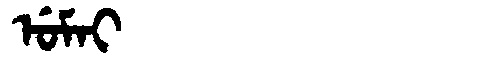
Manchu: ᡠᠮᠠᡳ
Romanization: UMAI